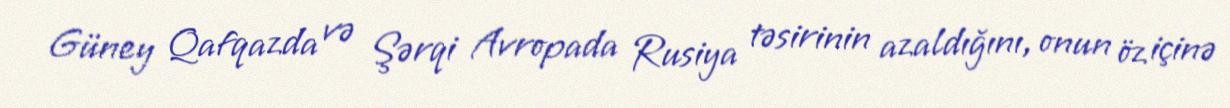
Güney Qafqazda və Şərqi Avropada Rusiya təsirinin azaldığını, onun öz içinə